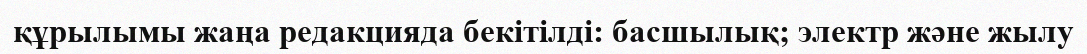
құрылымы жаңа редакцияда бекітілді: басшылық; электр және жылу